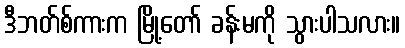
ဒီဘတ်စ်ကားက မြို့တော် ခန်းမကို သွားပါသလား။